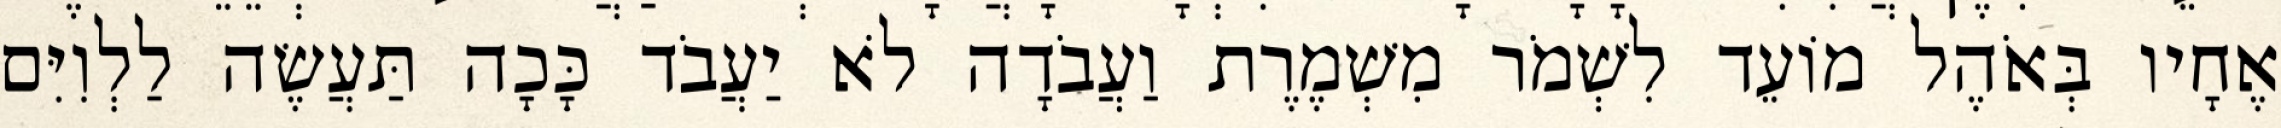
אֶחָיו בְּאֹהֶל מוֹעֵד לִשְׁמֹר מִשְׁמֶרֶת וַעֲבֹדָה לֹא יַעֲבֹד כָּכָה תַּעֲשֶׂה לַלְוִיִּם